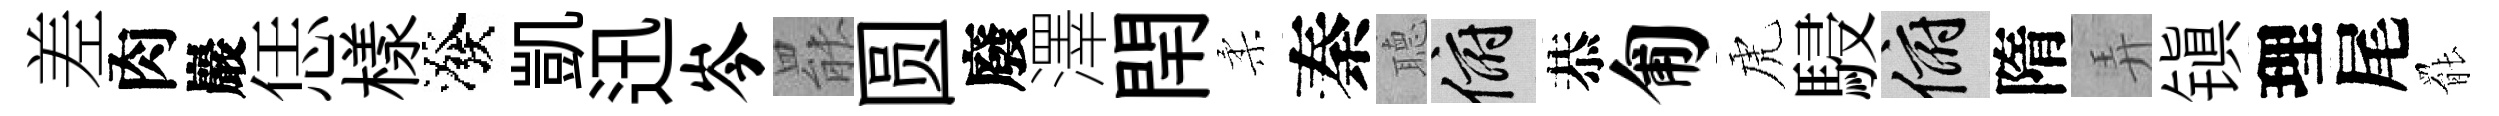
差肉巖恁樣潑凱迅岑罷圆廢澤閈柔秦𦗟俯恭匍虎駸俯隋弄镇理尾罷